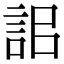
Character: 𧦫